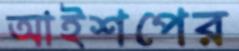
আইশপের